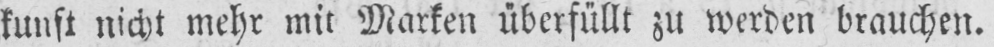
kunft nicht mehr mit Marken überfüllt zu werden brauchen.